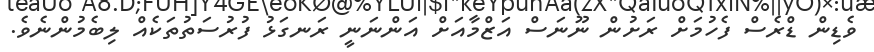
ވެޑިން ޑްރެސް ފެހުމަށް ރަށުން ނޫނަސް އަޒްމާއަށް އަންނަނީ ރަނގަޅު ފުރުސަތުތަކެއް ލިބެމުންނެވެ.